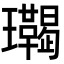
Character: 𤫝